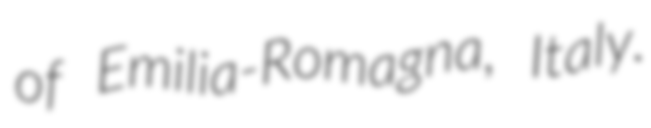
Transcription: of Emilia-Romagna, Italy.